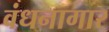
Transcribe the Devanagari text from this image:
वंधनागार